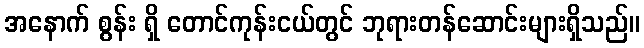
အနောက် စွန်း ရှိ တောင်ကုန်းငယ်တွင် ဘုရားတန်ဆောင်းများရှိသည်။